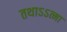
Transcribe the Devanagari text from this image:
तथाऽऽत्मा